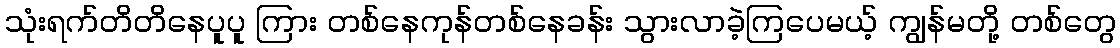
သုံးရက်တိတိနေပူပူ ကြား တစ်နေကုန်တစ်နေခန်း သွားလာခဲ့ကြပေမယ့် ကျွန်မတို့ တစ်တွေ